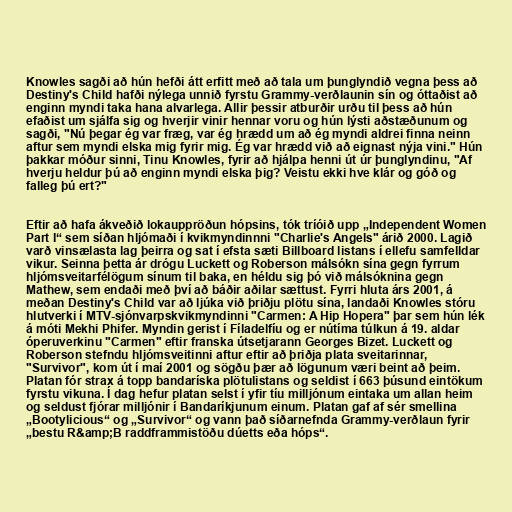
Knowles sagði að hún hefði átt erfitt með að tala um þunglyndið vegna þess að
Destiny's Child hafði nýlega unnið fyrstu Grammy-verðlaunin sín og óttaðist að
enginn myndi taka hana alvarlega. Allir þessir atburðir urðu til þess að hún
efaðist um sjálfa sig og hverjir vinir hennar voru og hún lýsti aðstæðunum og
sagði, "Nú þegar ég var fræg, var ég hrædd um að ég myndi aldrei finna neinn
aftur sem myndi elska mig fyrir mig. Ég var hrædd við að eignast nýja vini." Hún
þakkar móður sinni, Tinu Knowles, fyrir að hjálpa henni út úr þunglyndinu, "Af
hverju heldur þú að enginn myndi elska þig? Veistu ekki hve klár og góð og
falleg þú ert?"

Eftir að hafa ákveðið lokauppröðun hópsins, tók tríóið upp „Independent Women
Part I“ sem síðan hljómaði í kvikmyndinnni "Charlie's Angels" árið 2000. Lagið
varð vinsælasta lag þeirra og sat í efsta sæti Billboard listans í ellefu samfelldar
vikur. Seinna þetta ár drógu Luckett og Roberson málsókn sína gegn fyrrum
hljómsveitarfélögum sínum til baka, en héldu sig þó við málsóknina gegn
Mathew, sem endaði með því að báðir aðilar sættust. Fyrri hluta árs 2001, á
meðan Destiny's Child var að ljúka við þriðju plötu sína, landaði Knowles stóru
hlutverki í MTV-sjónvarpskvikmyndinni "Carmen: A Hip Hopera" þar sem hún lék
á móti Mekhi Phifer. Myndin gerist í Fíladelfíu og er nútíma túlkun á 19. aldar
óperuverkinu "Carmen" eftir franska útsetjarann Georges Bizet. Luckett og
Roberson stefndu hljómsveitinni aftur eftir að þriðja plata sveitarinnar,
"Survivor", kom út í maí 2001 og sögðu þær að lögunum væri beint að þeim.
Platan fór strax á topp bandaríska plötulistans og seldist í 663 þúsund eintökum
fyrstu vikuna. Í dag hefur platan selst í yfir tíu milljónum eintaka um allan heim
og seldust fjórar milljónir í Bandaríkjunum einum. Platan gaf af sér smellina
„Bootylicious“ og „Survivor“ og vann það síðarnefnda Grammy-verðlaun fyrir
„bestu R&amp;B raddframmistöðu dúetts eða hóps“.